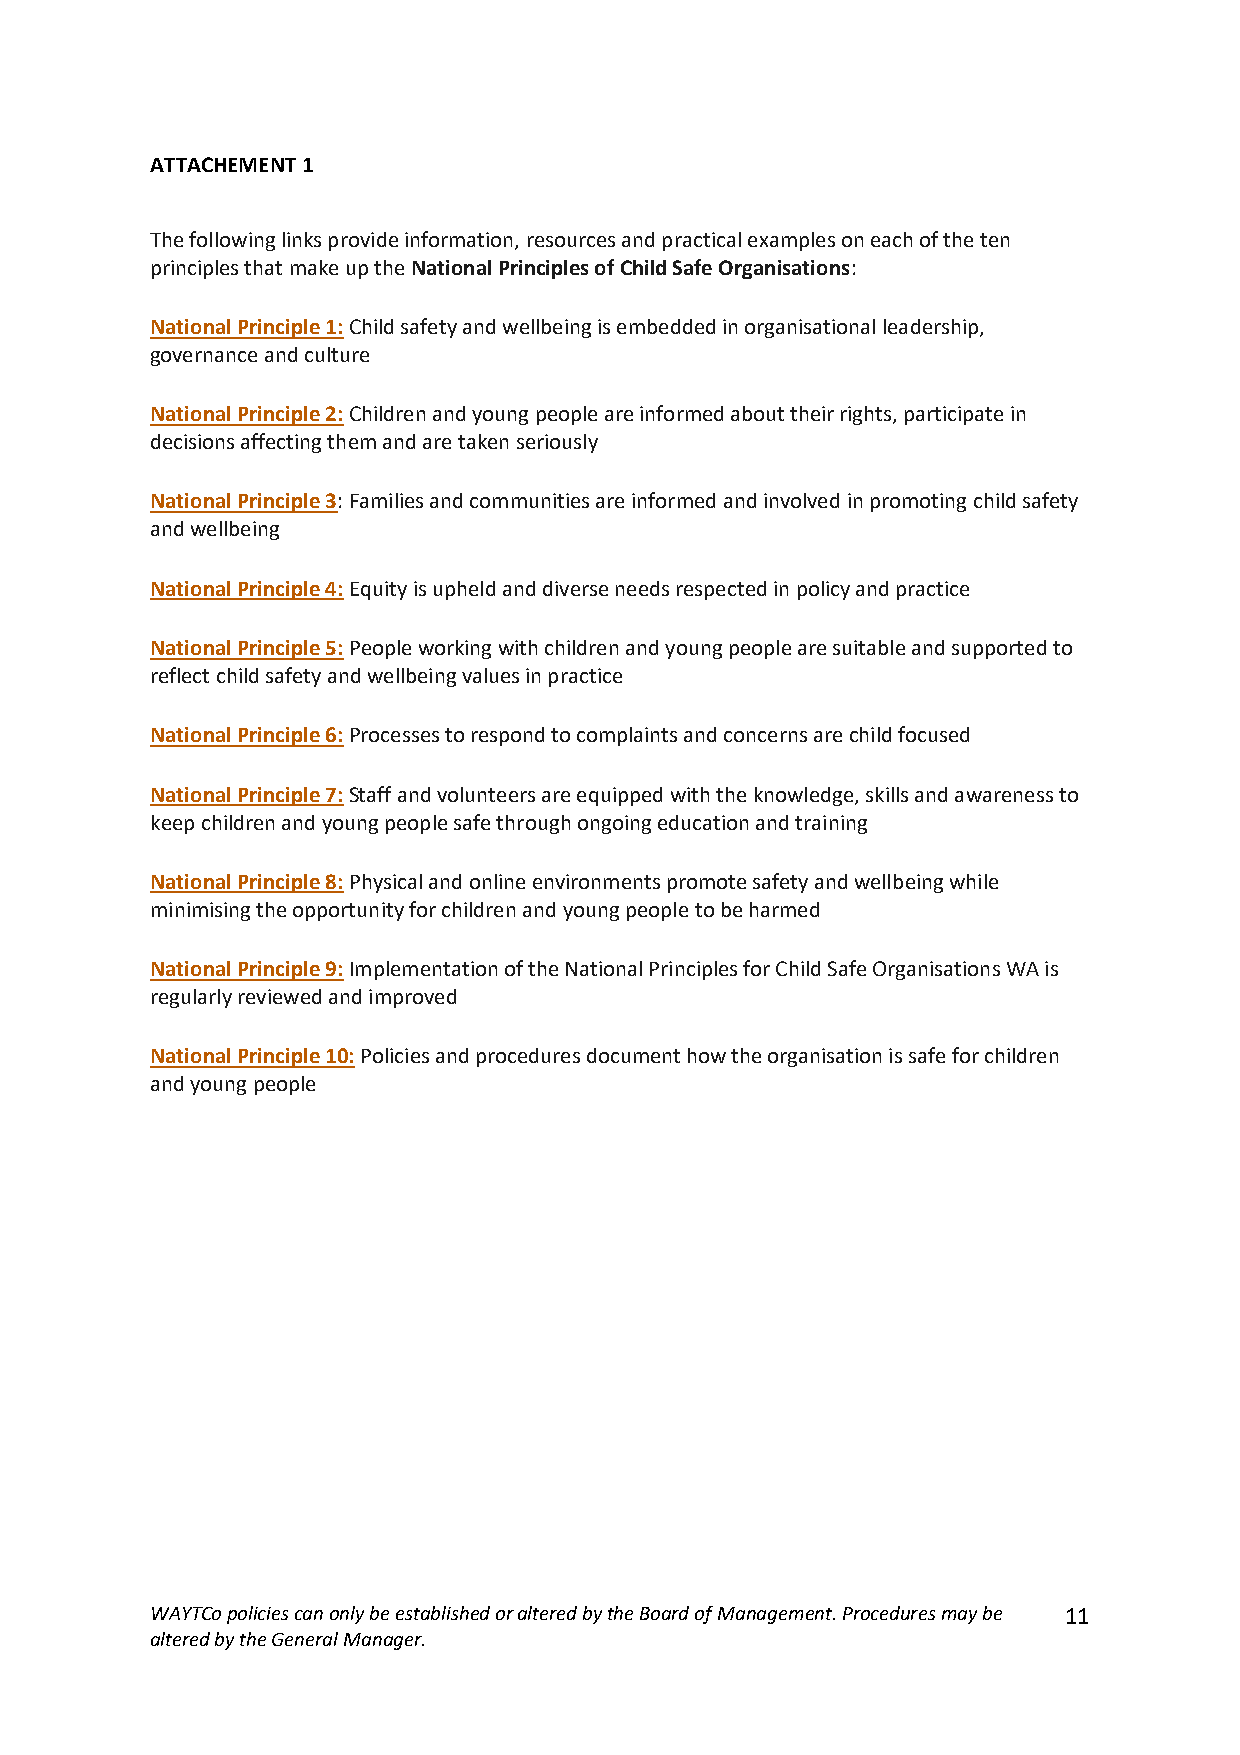
ATTACHEMENT 1
 The following links provide information, resources and practical examples on each of the ten
 principles that make up the National Principles of Child Safe Organisations:
 National Principle 1: Child safety and wellbeing is embedded in organisational leadership,
 governance and culture
 National Principle 2: Children and young people are informed about their rights, participate in
 decisions affecting them and are taken seriously
 National Principle 3: Families and communities are informed and involved in promoting child safety
 and wellbeing
 National Principle 4: Equity is upheld and diverse needs respected in policy and practice
 National Principle 5: People working with children and young people are suitable and supported to
 reflect child safety and wellbeing values in practice
 National Principle 6: Processes to respond to complaints and concerns are child focused
 National Principle 7: Staff and volunteers are equipped with the knowledge, skills and awareness to
 keep children and young people safe through ongoing education and training
 National Principle 8: Physical and online environments promote safety and wellbeing while
 minimising the opportunity for children and young people to be harmed
 National Principle 9: Implementation of the National Principles for Child Safe Organisations WA is
 regularly reviewed and improved
 National Principle 10: Policies and procedures document how the organisation is safe for children
 and young people
 WAYTCo policies can only be established or altered by the Board of Management. Procedures may be 11
 altered by the General Manager.